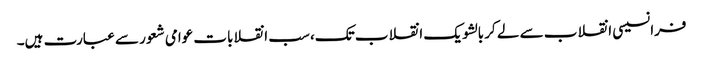
فرانسیسی انقلاب سے لے کر بالشویک انقلاب تک، سب انقلابات عوامی شعور سے عبارت ہیں۔